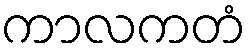
ကာလကတံ